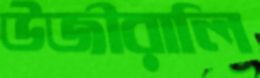
উজীরালি